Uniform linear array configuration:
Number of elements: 16
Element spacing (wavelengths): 1
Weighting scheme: hann
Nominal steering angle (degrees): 60
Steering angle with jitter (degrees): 58.393
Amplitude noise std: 0.05
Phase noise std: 0.05

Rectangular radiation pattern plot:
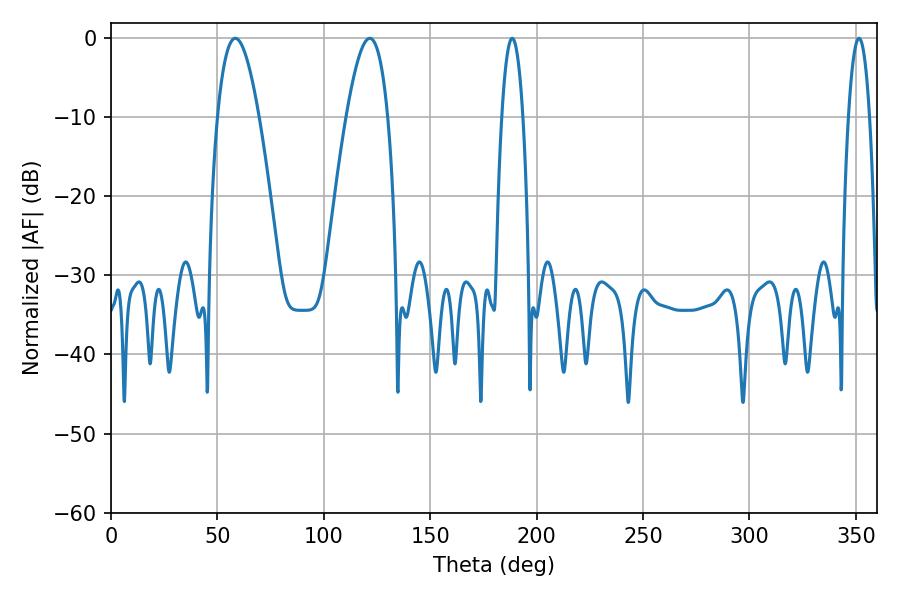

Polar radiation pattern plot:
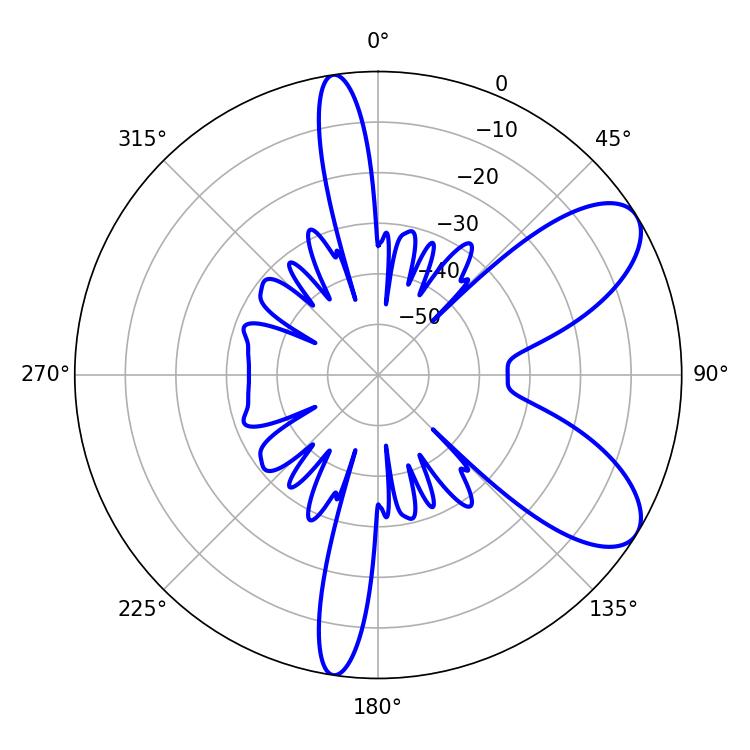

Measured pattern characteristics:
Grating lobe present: TRUE
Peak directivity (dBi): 8.053
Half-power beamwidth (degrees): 10.62
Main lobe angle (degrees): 58.32